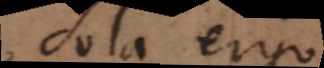
Sola ergo